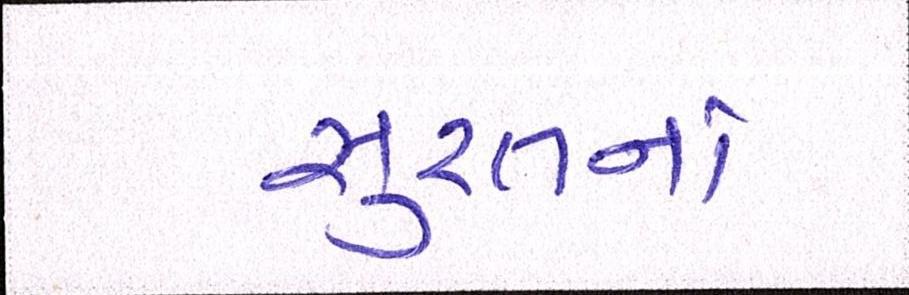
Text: સુરતનાં